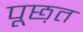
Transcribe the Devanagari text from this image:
पूछ़त